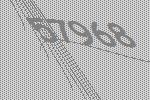
57968